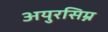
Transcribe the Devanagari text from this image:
अयुरसिम्न